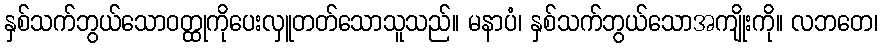
နှစ်သက်ဘွယ်သောဝတ္ထုကိုပေးလှူတတ်သောသူသည်။ မနာပံ၊ နှစ်သက်ဘွယ်သောအကျိုးကို။ လဘတေ၊